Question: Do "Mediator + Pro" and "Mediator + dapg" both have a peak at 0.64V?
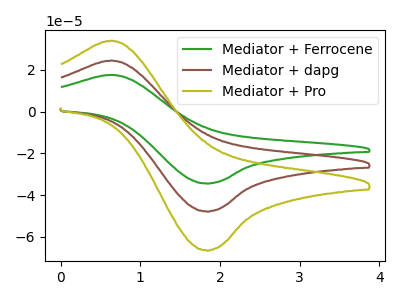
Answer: <think>The green curve "Mediator + Ferrocene" has an anodic peak at (0.65V, 48.90uA) and a cathodic peak at (1.85V, -95.60uA). The brown curve "Mediator + dapg" has an anodic peak at (0.65V, 24.45uA) and a cathodic peak at (1.85V, -47.80uA). The olive curve "Mediator + Pro" has an anodic peak at (0.65V, 33.95uA) and a cathodic peak at (1.85V, -66.40uA).</think>
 <answer>Yes, "Mediator + Pro" and "Mediator + dapg" share a peak at 0.64V.</answer>
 <eval>match</eval>